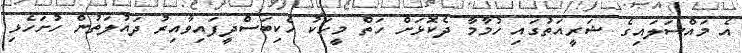
އެ މައްސަލައިގެ ޝަރީއަތުގައި ހުމާމާ ދެކޮޅަށް ހަތް މީހަކު ހެކިބަސްދީފައިވާއިރު ދައުލަތުން ހުށަހެޅި